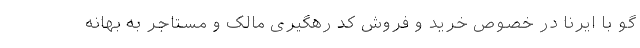
گو با ایرنا در خصوص خرید و فروش کد رهگیری مالک و مستاجر به بهانه